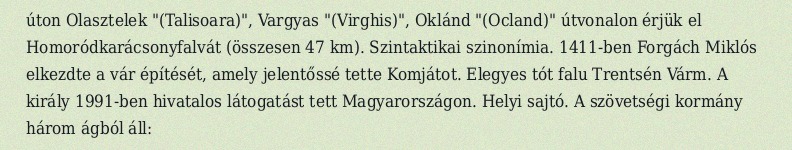
úton Olasztelek "(Talisoara)", Vargyas "(Virghis)", Oklánd "(Ocland)" útvonalon érjük el Homoródkarácsonyfalvát (összesen 47 km). Szintaktikai szinonímia. 1411-ben Forgách Miklós elkezdte a vár építését, amely jelentőssé tette Komjátot. Elegyes tót falu Trentsén Várm. A király 1991-ben hivatalos látogatást tett Magyarországon. Helyi sajtó. A szövetségi kormány három ágból áll: